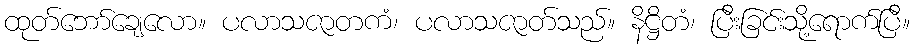
ထုတ်ဘော်ချေလော။ ပလာသဇာတကံ၊ ပလာသဇာတ်သည်။ နိဋ္ဌိတံ၊ ပြီးခြင်းသို့ရောက်ပြီ။